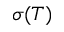
\sigma ( T )